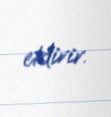
etdirir.